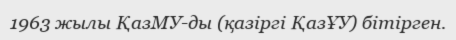
1963 жылы ҚазМУ-ды (қазіргі ҚазҰУ) бітірген.